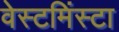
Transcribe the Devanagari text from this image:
वेस्टमिंस्टा